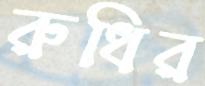
রুধির